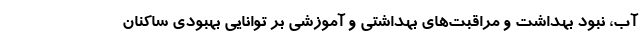
آب، نبود بهداشت و مراقبت‌های بهداشتی و آموزشی بر توانایی بهبودی ساکنان